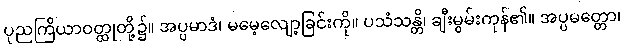
ပုညကြိယာဝတ္ထုတို့၌။ အပ္ပမာဒံ၊ မမေ့လျော့ခြင်းကို။ ပသံသန္တိ၊ ချီးမွမ်းကုန်၏။ အပ္ပမတ္တော၊